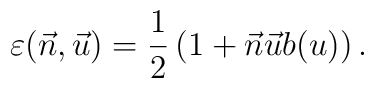
\varepsilon(\vec{n}, \vec{u}) = \frac{1}{2} \left(1 + \vec{n} \vec{u} b(u)\right).